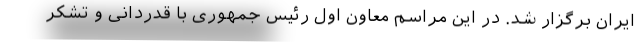
ایران برگزار شد. در این مراسم معاون اول رئیس جمهوری با قدردانی و تشکر